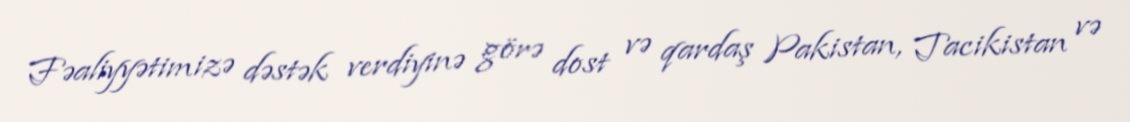
Fəaliyyətimizə dəstək verdiyinə görə dost və qardaş Pakistan, Tacikistan və